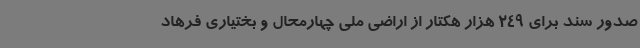
صدور سند برای 249 هزار هکتار از اراضی ملی چهارمحال و بختیاری فرهاد